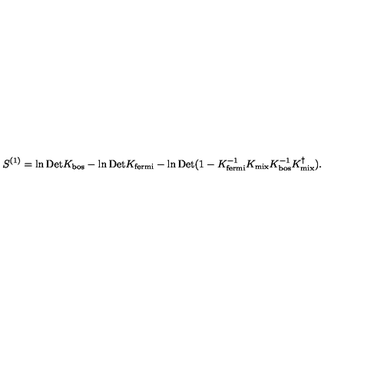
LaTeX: S ^ { ( 1 ) } = \ln \mathrm { D e t } K _ { \mathrm { \scriptsize b o s } } - \ln \mathrm { D e t } K _ { \mathrm { \scriptsize f e r m i } } - \ln \mathrm { D e t } ( 1 - K _ { \mathrm { \scriptsize f e r m i } } ^ { - 1 } K _ { \mathrm { \scriptsize m i x } } K _ { \mathrm { \scriptsize b o s } } ^ { - 1 } K _ { \mathrm { \scriptsize m i x } } ^ { \dagger } ) .